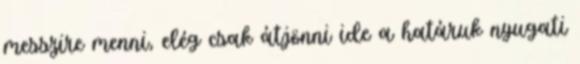
messzire menni, elég csak átjönni ide a határuk nyugati